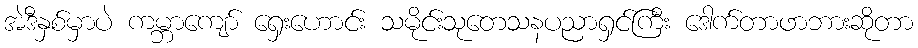
အဲဒီနှစ်မှာပဲ ကမ္ဘာကျော် ရှေးဟောင်း သမိုင်းသုတေသနပညာရှင်ကြီး ဒေါက်တာဖာဘားဆိုတာ